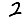
Digit: 2